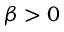
\beta > 0